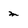
Character: m